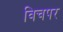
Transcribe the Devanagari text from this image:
विचपर